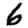
Digit: 6